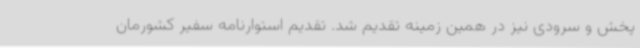
پخش و سرودی نیز در همین زمینه تقدیم شد. تقدیم استوارنامه سفیر کشورمان